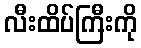
လီးထိပ်ကြီးကို